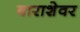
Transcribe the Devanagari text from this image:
बाराशेवर